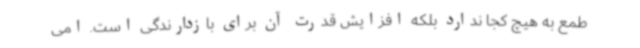
طمع به هیچ کجا ندارد بلکه افزایش قدرت آن برای بازدارندگی است. امی